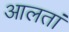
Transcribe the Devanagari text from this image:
आलतां